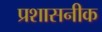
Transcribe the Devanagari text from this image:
प्रशासनीक